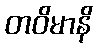
တဝိမာနိ